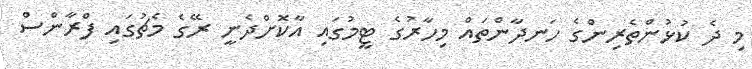
މި ދެ ކުޅުންތެރިންގެ ހަނދާންތައް މިހާރުގެ ޓީމުގައި އާކޮށްދެނީ ރޭގެ މެޗުގައި ފްރާންސް